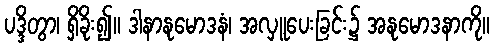
ပဒ္ဒိတွာ၊ ရှိခိုး၍။ ဒါနာနုမောဒနံ၊ အလှူပေးခြင်း၌ အနုမောဒနာကို။